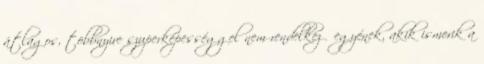
átlagos, többnyire szuperképességgel nem rendelkező egyének, akik ismerik a